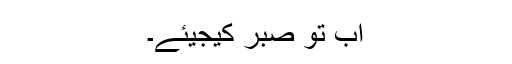
اب تو صبر کیجیئے۔